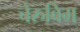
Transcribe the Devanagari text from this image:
चेरुबिम